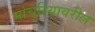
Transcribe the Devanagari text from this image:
मांचुरियावरील